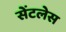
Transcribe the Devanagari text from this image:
सेंटलेस